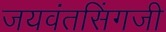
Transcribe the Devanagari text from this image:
जयवंतसिंगजी